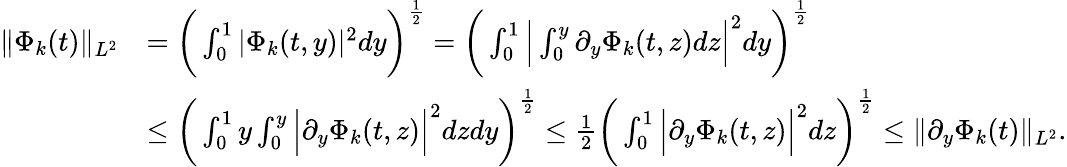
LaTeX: \begin{array}{rl}{\| \Phi_{k}(t)\| _{L^{2}}}&{=\bigg(\int_{0}^{1}|\Phi_{k}(t,y)|^{2}dy\bigg)^{\frac{1}{2}}=\bigg(\int_{0}^{1}\Big|\int_{0}^{y}\partial_{y}\Phi_{k}(t,z)dz\Big|^{2}dy\bigg)^{\frac{1}{2}}}\\ &{\leq\bigg(\int_{0}^{1}y\int_{0}^{y}\Big|\partial_{y}\Phi_{k}(t,z)\Big|^{2}dzdy\bigg)^{\frac{1}{2}}\leq\frac{1}{2}\bigg(\int_{0}^{1}\Big|\partial_{y}\Phi_{k}(t,z)\Big|^{2}dz\bigg)^{\frac{1}{2}}\leq\| \partial_{y}\Phi_{k}(t)\| _{L^{2}}.}\end{array}